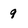
Character: 9